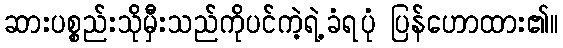
ဆားပစ္စည်းသိုမှီးသည်ကိုပင်ကဲ့ရဲ့ခံရပုံ ပြန်ဟောထား၏။